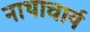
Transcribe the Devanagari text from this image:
नाथाचार्य